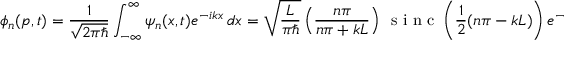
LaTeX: \phi _ { n } ( p , t ) = { \frac { 1 } { \sqrt { 2 \pi \hbar } } } \int _ { - \infty } ^ { \infty } \psi _ { n } ( x , t ) e ^ { - i k x } \, d x = { \sqrt { \frac { L } { \pi \hbar } } } \left( { \frac { n \pi } { n \pi + k L } } \right) \, { \textrm { s i n c } } \left( { \frac { 1 } { 2 } } ( n \pi - k L ) \right) e ^ { - i k x _ { c } } e ^ { i ( n - 1 ) { \frac { \pi } { 2 } } } e ^ { - i \omega _ { n } t } ,